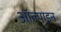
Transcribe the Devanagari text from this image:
ऑल्पाइन